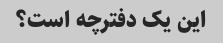
این یک دفترچه است؟